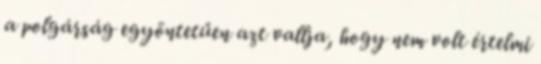
a polgárság egyöntetűen azt vallja, hogy nem volt értelmi